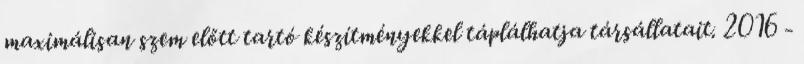
maximálisan szem előtt tartó készítményekkel táplálhatja társállatait. 2016 -